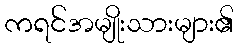
ကရင်အမျိုးသားများ၏